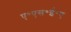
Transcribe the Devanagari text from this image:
ए॰एस॰ई॰ए